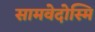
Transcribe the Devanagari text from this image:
सामवेदोस्मि